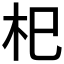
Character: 𣏌